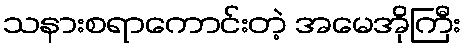
သနားစရာကောင်းတဲ့ အမေအိုကြီး